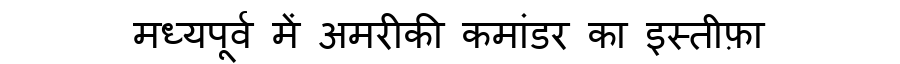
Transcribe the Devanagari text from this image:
मध्यपूर्व में अमरीकी कमांडर का इस्तीफ़ा